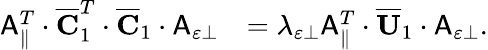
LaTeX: \begin{array}{rl}{\mathsf{A}_{\parallel}^{T}\cdot\overline{{\mathbf{C}}}_{1}^{T}\cdot\overline{{\mathbf{C}}}_{1}\cdot\mathsf{A}_{\varepsilon\perp}}&{=\lambda_{\varepsilon\perp}\mathsf{A}_{\parallel}^{T}\cdot\overline{{\mathbf{U}}}_{1}\cdot\mathsf{A}_{\varepsilon\perp}.}\end{array}